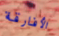
الأفارقة